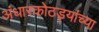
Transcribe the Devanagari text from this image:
अंधारकोठड्यांच्या